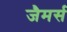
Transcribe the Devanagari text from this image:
जैमर्स